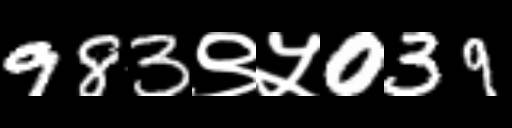
Text: 983९५039